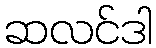
ဆလင်ဒါ